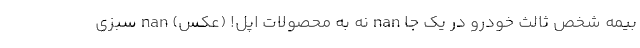
بیمه شخص ثالث خودرو در یک جا nan نه به محصولات اپل! (عکس) nan سبزی